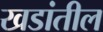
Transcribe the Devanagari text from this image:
खडांतील